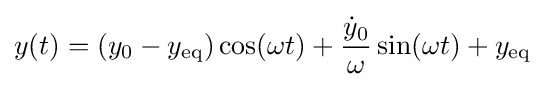
y(t)=(y_{0}-y_{\text{eq}})\cos(\omega t)+{\frac {{\dot {y}}_{0}}{\omega }}\sin(\omega t)+y_{\text{eq}}